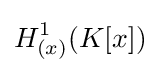
H_{(x)}^{1}(K[x])